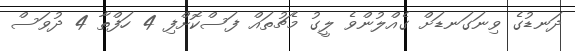
ދަނޑުގެ ވިނަގަނޑަށް ގެއްލުުންވެ ލީގު މެޗުތައް ފަސްކޮށްފި 4 ހަފްތާ 4 ދުވަސް